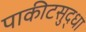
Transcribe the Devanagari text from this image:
पाकीटसुद्धा